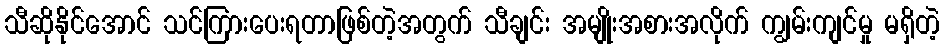
သီဆိုနိုင်အောင် သင်ကြားပေးရတာဖြစ်တဲ့အတွက် သီချင်း အမျိုးအစားအလိုက် ကျွမ်းကျင်မှု မရှိတဲ့